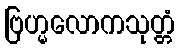
ဗြဟ္မလောကသုတ္တံ